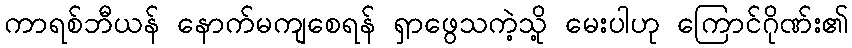
ကာရစ်ဘီယန် နောက်မကျစေရန် ရှာဖွေသကဲ့သို့ မေးပါဟု ကြောင်ဂိုဏ်း၏